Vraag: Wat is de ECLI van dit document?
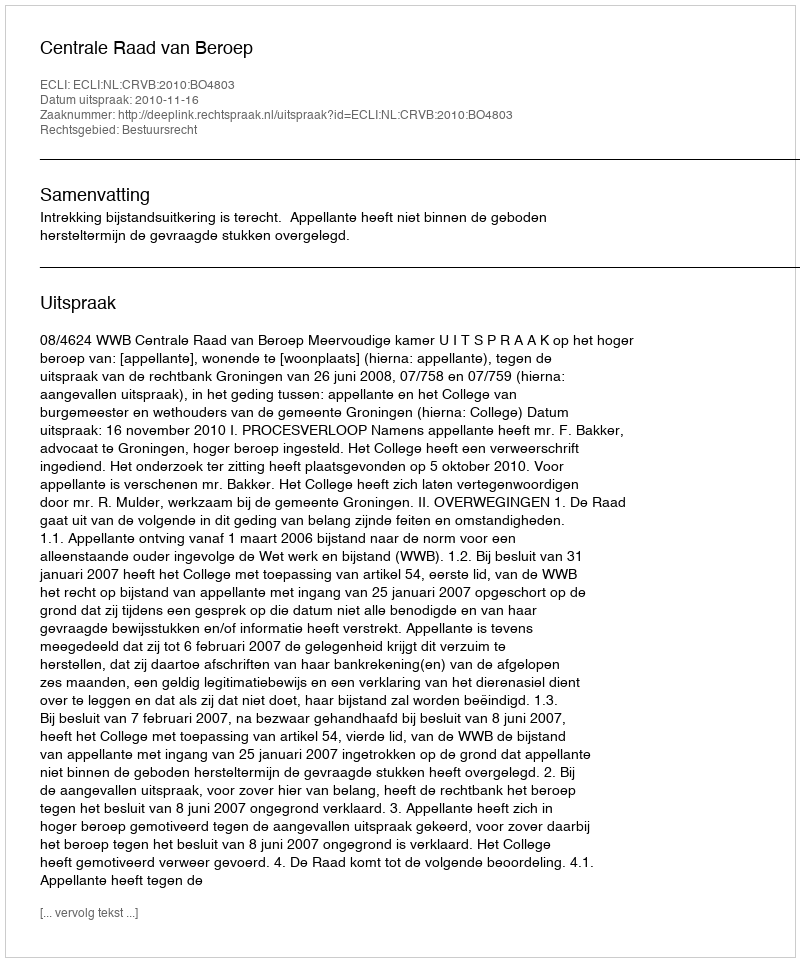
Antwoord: ECLI:NL:CRVB:2010:BO4803